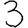
Digit: 3